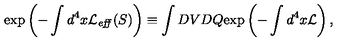
\exp \left( - \int d ^ { 4 } x { \cal L } _ { \it e f f } ( S ) \right) \equiv \int D V D Q \mathrm { e x p } \left( - \int d ^ { 4 } x { \cal L } \right) ,